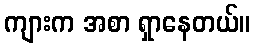
ကျားက အစာ ရှာနေတယ်။